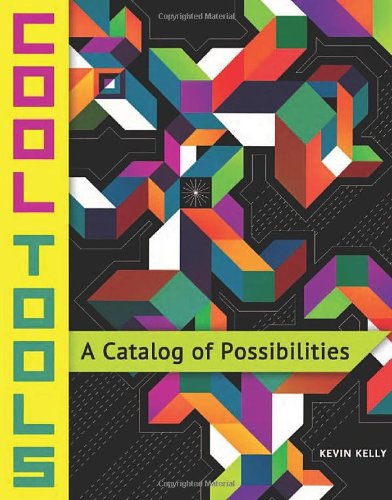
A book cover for Cool Tools: A Catalog of Possibilities; Crafts, Hobbies & Home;